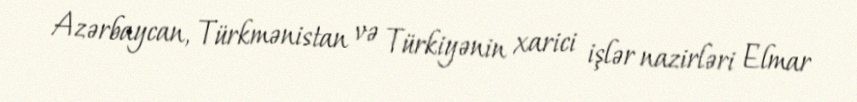
Azərbaycan, Türkmənistan və Türkiyənin xarici işlər nazirləri Elmar